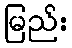
မြည်း